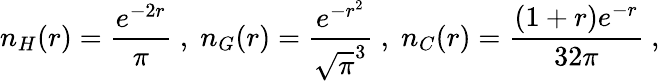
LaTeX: n_{H}(r)=\frac{e^{-2r}}{\pi}\; ,\; n_{G}(r)=\frac{e^{-r^{2}}}{\sqrt{\pi}^{3}}\; ,\; n_{C}(r)=\frac{(1+r)e^{-r}}{32\pi}\ ,